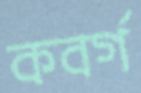
কবর্গ